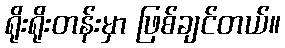
ရိုးရိုးတန်းမှာ ဖြစ်ချင်တယ်။